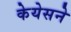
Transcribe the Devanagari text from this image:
केयेसने